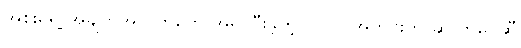
အစိုးရရဲ့ အချက်အလက်တွေ အရ ပြီးခဲ့တဲ့ ၂၀၂၂ အတွင်းက ဆူလာဝေဆီ